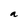
Character: a